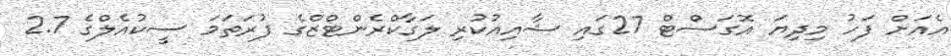
އެއަށް ފަހު މިދިޔަ އޮގަސްޓް 27ގައި ޝާއިއުކުރި ލަގާކްރެންޓްޒްގެ ފުރަތަމަ ސީކުއެލްގެ 2.7